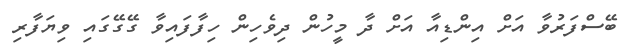
ބޭސްފަރުވާ އަށް އިންޑިއާ އަށް ދާ މީހުން ދިވެހިން ހިފާފައިވާ ގޭގޭގައި ވިޔަފާރި